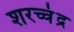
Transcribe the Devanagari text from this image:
शरच्चंंद्र